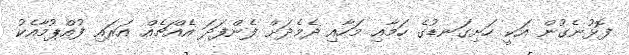
ފޮޅުނެގުން އަކީ ހަށިގަނޑުގެ ހަމާއި މަހާއި ދެމެދަށް ފެންފަދަ އެއްޗެއް އަރައި ފުއްޕުމާއެކު